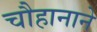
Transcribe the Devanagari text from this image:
चौहानाने